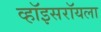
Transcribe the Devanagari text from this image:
व्हॉइसरॉयला